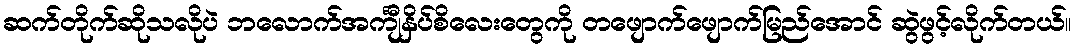
ဆက်တိုက်ဆိုသလိုပဲ ဘလောက်အင်္ကျီနှိပ်စိလေးတွေကို တဖျောက်ဖျောက်မြည်အောင် ဆွဲဖွင့်လိုက်တယ်။